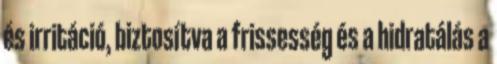
és irritáció, biztosítva a frissesség és a hidratálás a